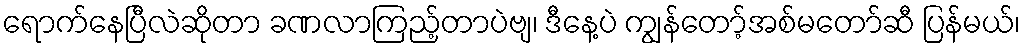
ရောက်နေပြီလဲဆိုတာ ခဏလာကြည့်တာပဲဗျ၊ ဒီနေ့ပဲ ကျွန်တော့်အစ်မတော်ဆီ ပြန်မယ်၊